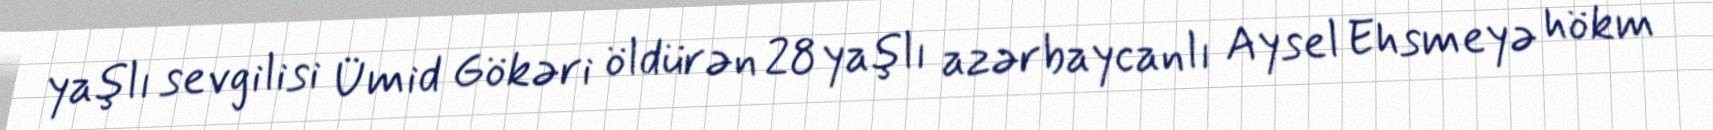
yaşlı sevgilisi Ümid Gökəri öldürən 28 yaşlı azərbaycanlı Aysel Ehsmeyə hökm